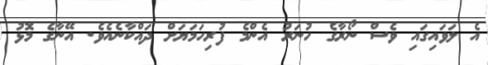
އެ ލަވައިގައި ވެސް ނޯރާގެ ހުނަރު އެންމެ ފުރިހަމަޔަށް ދައްކާނެއެވެ. އޭނާގެ މޮޅު